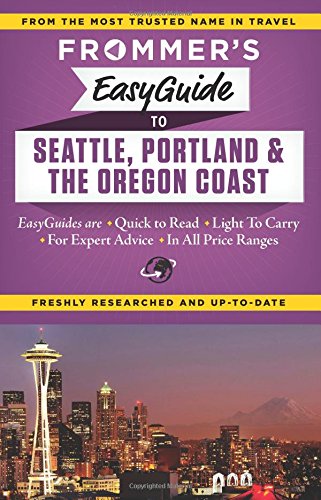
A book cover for Frommer's EasyGuide to Seattle, Portland and the Oregon Coast (Easy Guides); Donald Olson; Travel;